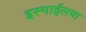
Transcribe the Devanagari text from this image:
इस्माईलचा